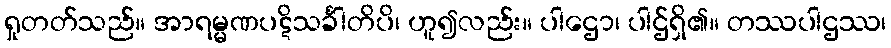
ရှုတတ်သည်။ အာရမ္မဏပဋိသင်္ခါတိပိ၊ ဟူ၍လည်း။ ပါဌော၊ ပါဌ်ရှိ၏။ တဿပါဌဿ၊